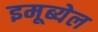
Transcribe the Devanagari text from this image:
इमूब्येल